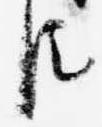
臣